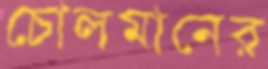
চোলমানের